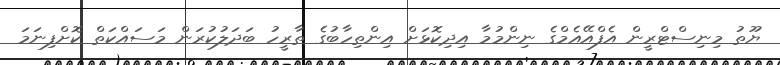
ޔޫތު މިނިސްޓްރީން އެފްއޭއެމްގެ ނިންމުމާ އިދިކޮޅަށް އިންތިހާބުގެ ތާރީހު ބަދަލުކުރަން މަސައްކަތް ކޮށްފިނަމަ